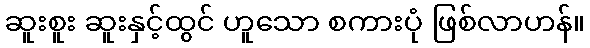
ဆူးစူး ဆူးနှင့်ထွင် ဟူသော စကားပုံ ဖြစ်လာဟန်။